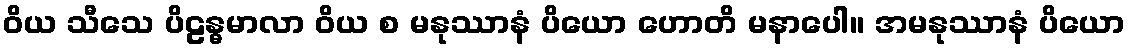
ဝိယ သီသေ ပိဠန္ဓမာလာ ဝိယ စ မနုဿာနံ ပိယော ဟောတိ မနာပေါ။ အမနုဿာနံ ပိယော